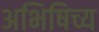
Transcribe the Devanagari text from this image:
अभिषिच्य